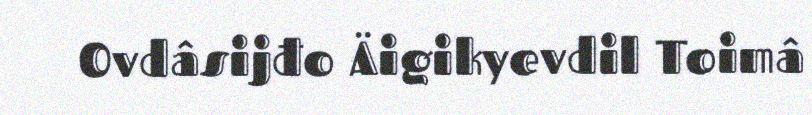
Ovdâsijđo Äigikyevdil Toimâ